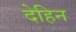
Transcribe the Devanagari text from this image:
देहिन